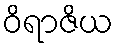
ဝိရာဇိယ